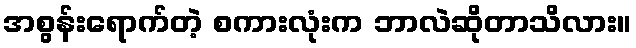
အစွန်းရောက်တဲ့ စကားလုံးက ဘာလဲဆိုတာသိလား။